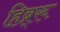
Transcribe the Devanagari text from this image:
हिब्र्रू